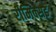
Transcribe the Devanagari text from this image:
रीमिक्सड